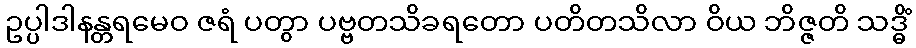
ဥပ္ပါဒါနန္တရမေဝ ဇရံ ပတွာ ပဗ္ဗတသိခရတော ပတိတသိလာ ဝိယ ဘိဇ္ဇတိ သဒ္ဓိံ